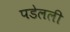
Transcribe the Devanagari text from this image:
पडेलली